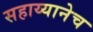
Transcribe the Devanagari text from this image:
सहाय्यानेच